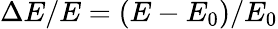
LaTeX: \Delta E/E=(E-E_{0})/E_{0}